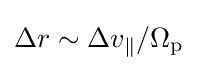
\Delta r\sim \Delta v_{\parallel }/\Omega _{\text{p}}